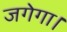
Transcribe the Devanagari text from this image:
जगेगा।